Report on sanitation, dispensaries, and jails in Rajputana for 1909, and on vaccination for the year 1909-1910 - 1909-1910
Year: 1909
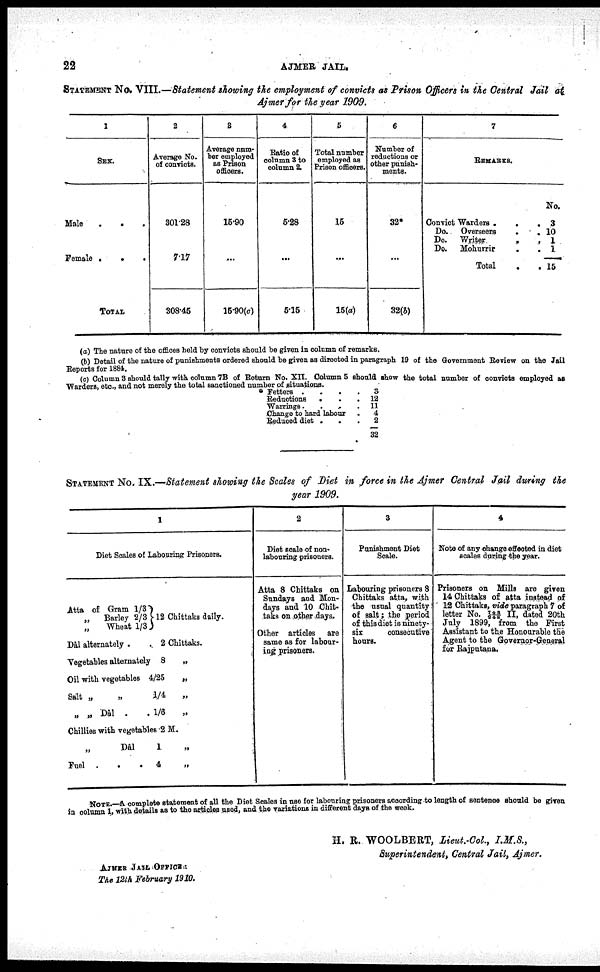
22
AJMER JAIL.
STATEMENT No. VIII.—Statement showing the employment of convicts as Prison Officers in the Central Jail at
Ajmer for the year 1909.
1
SEX.
Male
.
.
.
Female .
.
.
TOTAL
2
Average no.
of convicts.
301.28
7.17
308.45
3
Average num-
ber employed
as prison
officers.
15.90
...
15.90(c)
4
Ratio of
column 3 to
column 2.
5.28
...
5.15
5
Total number
employed as
Prison officers.
15
...
15(a)
6
Number of
reductions or
other punish-
ments.
32*
...
32(b)
7
REMARKS.
Convict warders
...
Do.
Overseers
.
.
Do.
Writer
.
.
Do.
Mohurrir
.
.
total . .
no.
3
10
1
1
15
(a) The nature of the offices held by convicts should be given in column of remarks.
(b) Detail of the nature of punishments ordered should be given as directed in paragraph 19 of the Government Review on the Jail
Reports for 1884.
(c) Column 3 should tally with column 7B of Return No. XII. Column 5 should show the total number of convicts employed as
Warders, etc., and not merely the total sanctioned number of situations.
Fetters
....
Reductions
.
.
.
Warrings.
.
.
Change to hard labour .
Reduced diet .
. .
3
12
11
4
2
32
STATEMENT No. IX.—Statement showing the Scales of Diet in force in the Ajmer Central Jail during the
year 1909.
1
Diet scales of labouring prisoners.
Atta of Gram 1/3
„
Barley 2/3
„
Wheat 1/3
12 Chittaks daily.
Dâl alternately .
. 2 Chittaks.
Vegetables alternately 8
„
Oil with vegetables 4/25
„
salt „
„
1/4
„
„ „ Dâl .
. 1/6 „
Chillies with vegetables 2 M.
„ dâ1
1 „
Fuel .
.
.
4
„
2
Diet scale of non¬
labouring prisoners.
Atta 8 Chittaks on
Sundays and Mon-
days and 10 Chit¬
taks on other days.
Other articles are
same as for labour-
ing prisoners.
3
Punishment diet
scale.
Labouring prisoners 8
Chittaks atta, with
the usual quantity
of salt ; the period
of this diet is ninety¬
six
consecutive
hours.
4
Note of any change effected in diet
scales during the year.
Prisoners on Mills are given
14 Chittaks of atta instead of
12 Chittaks, vide paragraph 7 of
letter no. 745/248 II, dated 20th
July 1899, from the First
Assistant to the honourable the
agent to the Governor-General
for Rajputana.
NOTE.—A complete statement of all the Diet Scales in use for labouring prisoners according to length of sentence should be given
in column 1, with details as to the articles used, and the variations in different days of the week.
H. R. WOOLBERT, Lieut.-Col., I.M.S.,
Superintendent, Central Jail, Ajmer.
AJMER JAIL OFFICE :
The 12th February 1910.